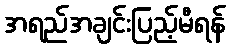
အရည်အချင်းပြည့်မီရန်